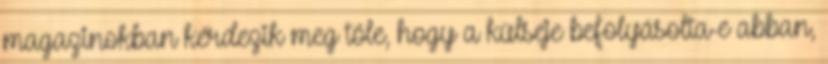
magazinokban kérdezik meg tőle, hogy a külseje befolyásolta-e abban,